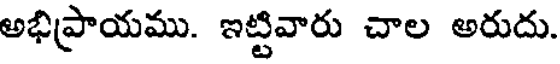
అభిప్రాయము. ఇట్టివారు చాల అరుదు.